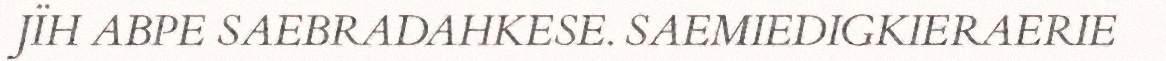
JÏH ABPE SAEBRADAHKESE. SAEMIEDIGKIERAERIE